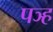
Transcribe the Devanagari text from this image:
पञ्ह